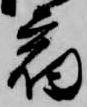
宿